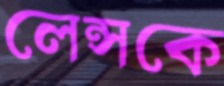
লেন্সকে